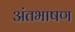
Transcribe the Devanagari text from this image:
अंतभाषण